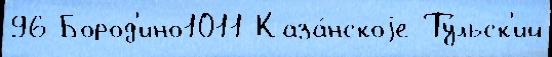
96 Бород'ино1011 Каза́нскоjе Ту́льск'ий